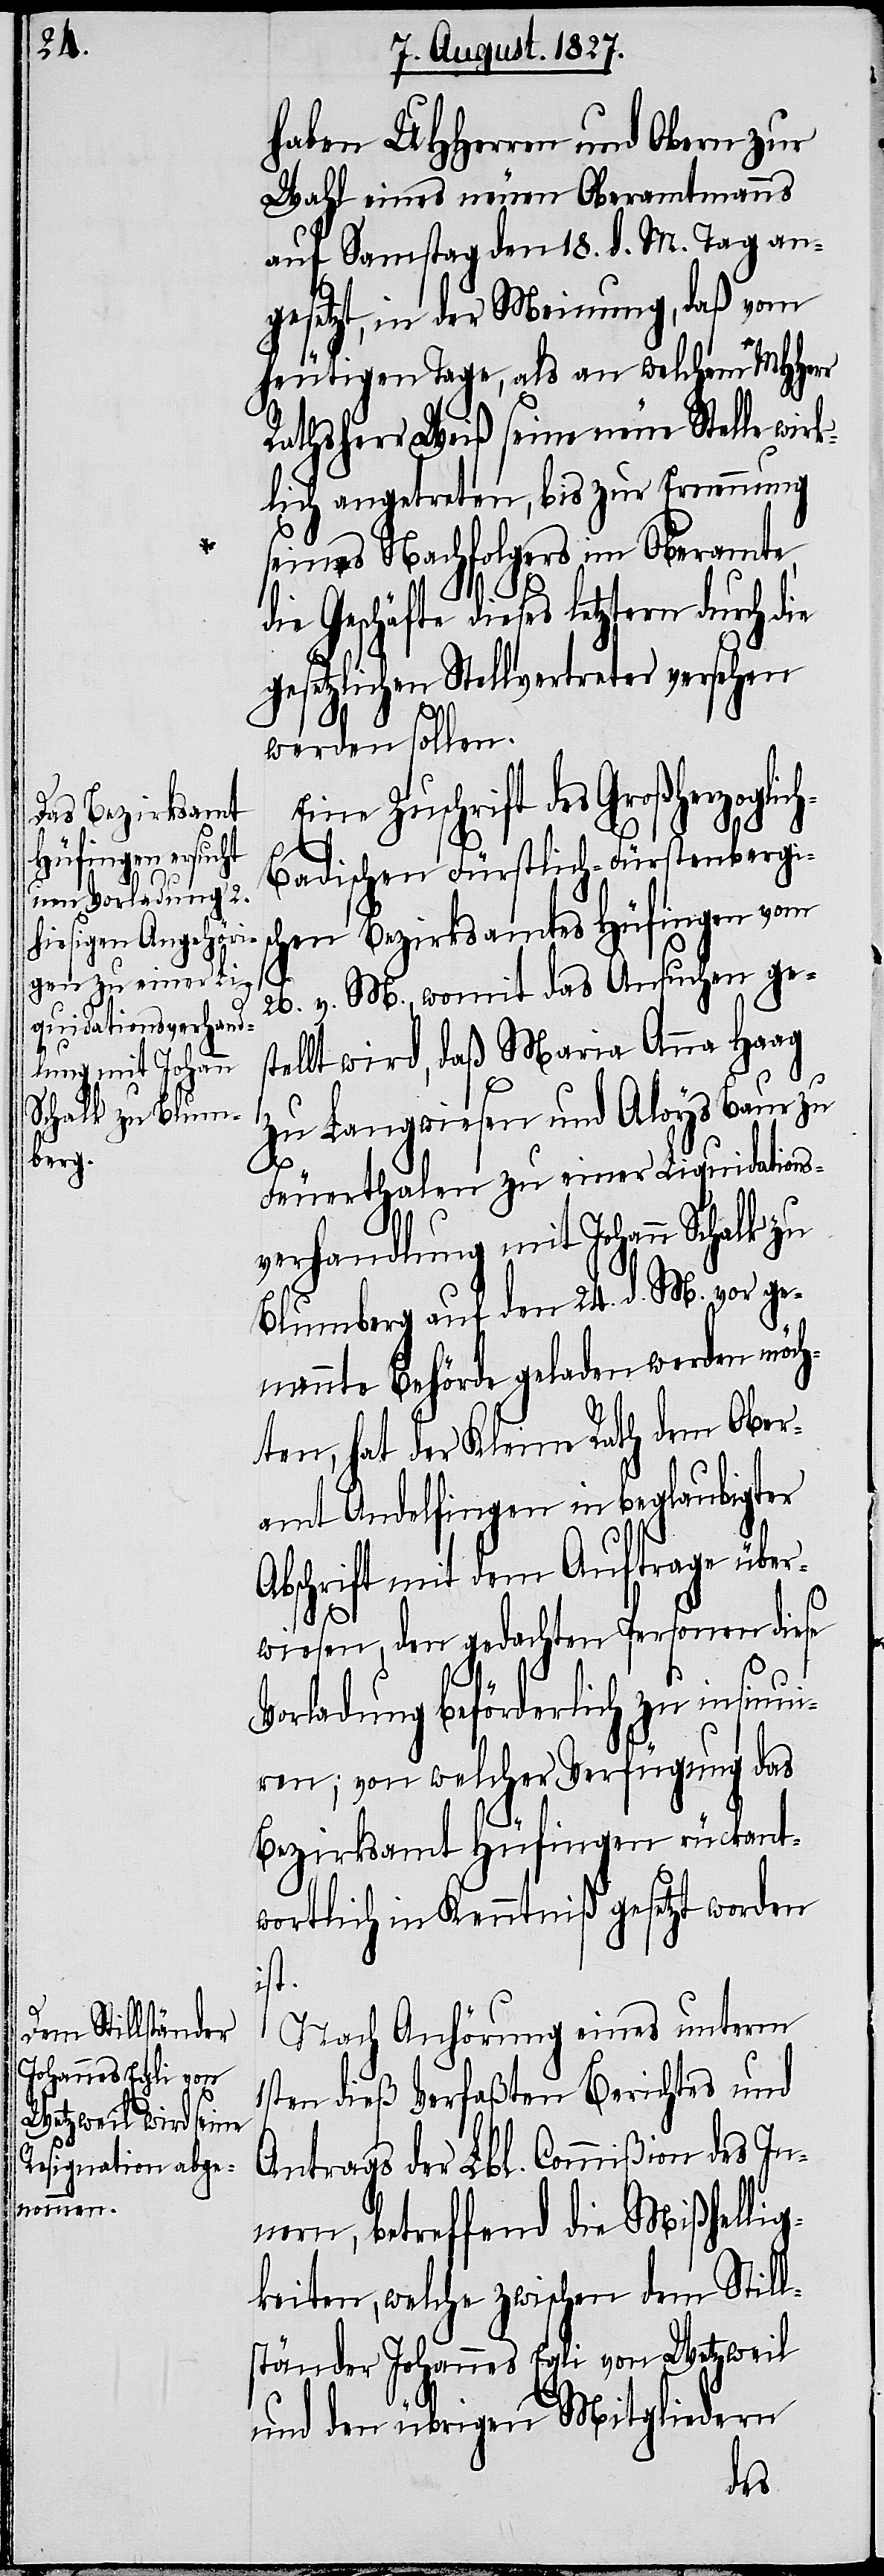
haben UHHerren und Obern zur
Wahl eines neuen Oberamtmanns
auf Samstag den 18. d. M. Tag an¬
gesetzt, in der Meinung, daß vom
heutigen Tage, als an welchem MHHerr
Rathsherr Weiß seine neue Stelle wir¬
klich angetreten, bis zur Ernennung
seines Nachfolgers im Oberamte
die Geschäfte dieses letztern durch d¬
gesetzlichen Stellvertreter versehen
werden sollen.
ne Zuschrift des Großherzogli¬
ch
Badischen Fürstlich-Fürstenbergis¬
chen Bezirksamtes Hüfingen vom
Ei¬
26. v. M., womit das Ansuchen ges¬
tellt wird, daß Maria Anna Haag
zu Langwiesen und Aloys Baur zu
Feuerthalen zu einer Liquidations¬
verhandlung mit Johann Schalk zu
Blumberg auf den 24. d. M. vor ge¬
nannte Behörde geladen werden möch¬
ten, hat der Kleine Rath dem Ober¬
amt Andelfingen in beglaubigter
Abschrift mit dem Auftrage über¬
wiesen, den gedachten Personen diese
Vorladung beförderlich zu insinui¬
ren; von welcher Verfügung das
Bezirksamt Hüfingen rückant¬
wortlich in Kenntniß gesetzt worden
ist.
Nach Anhörung eines unterm
1sten dieß Verfaßten Berichtes und
Antrags der Lbl. Commißion des In¬
nern, betreffend die Mißhellig¬
keiten, welche zwischen dem Still¬
ständer Johannes Egli von Wetzweil
und den übrigen Mitgliedern